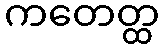
ကတေတ္ထ